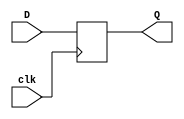
// Andrew Doucet
// Spencer Dugas

// 3-bit registser
module reg3(D,Q,clk);

    // I/O
    input clk;
    input [2:0]D;
    output reg [2:0]Q;

    // Update on clock cycle
    always @(posedge clk) 
        Q <= D; 
endmodule